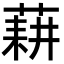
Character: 𦷂